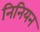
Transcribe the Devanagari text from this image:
निनियन